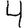
Digit: 4